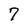
Character: 7